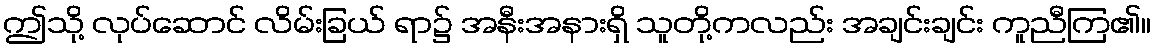
ဤသို့ လုပ်ဆောင် လိမ်းခြယ် ရာ၌ အနီးအနားရှိ သူတို့ကလည်း အချင်းချင်း ကူညီကြ၏။